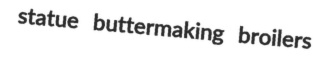
statue buttermaking broilers